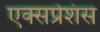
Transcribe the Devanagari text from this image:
एक्सप्रेशंस